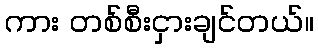
ကား တစ်စီးငှားချင်တယ်။